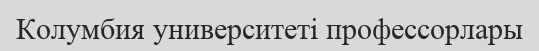
Колумбия университеті профессорлары